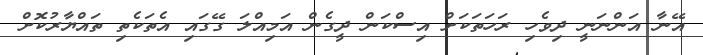
އޭނާ އަންނަނީ ދިވެހި ރަހަތަކަށް އިސްކަން ދީގެން އަމިއްލަ ގޭގައި އެތަކެތި ތައްޔާރުކޮށް